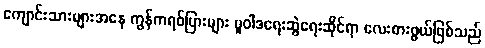
ကျောင်းသားများအနေ ကွန်ကရစ်ပြားများ မူဝါဒရေးဆွဲရေးဆိုင်ရာ လေးစားဖွယ်ဖြစ်သည်